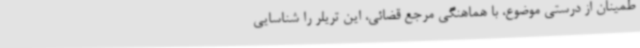
طمینان از درستی موضوع، با هماهنگی مرجع قضائی، این تریلر را شناسایی